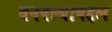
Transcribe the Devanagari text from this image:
बनवल्याबद्दल